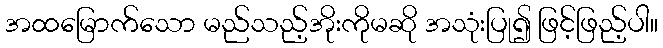
အထမြောက်သော မည်သည့်အိုးကိုမဆို အသုံးပြု၍ ဖြင့်ဖြည့်ပါ။